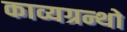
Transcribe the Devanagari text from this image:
काव्यग्रन्थो